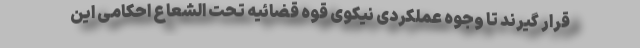
قرار گیرند تا وجوه عملکردی نیکوی قوه قضائیه تحت الشعاع احکامی این